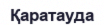
Қаратауда